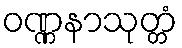
ဝဏ္ဏနာသုတ္တံ